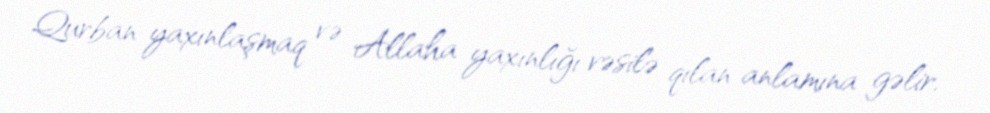
Qurban yaxınlaşmaq və Allaha yaxınlığı vəsilə qılan anlamına gəlir.